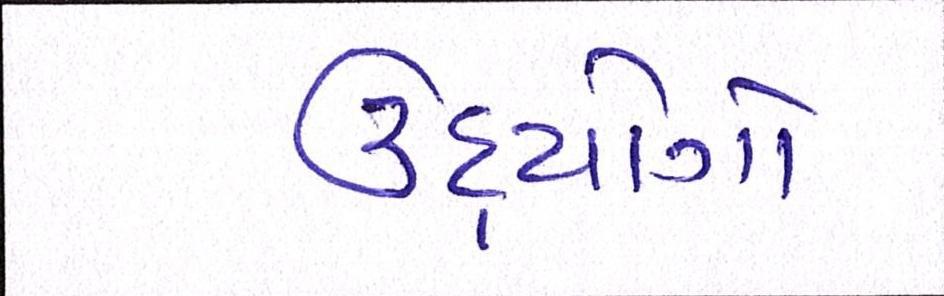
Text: ઉદ્યોગો